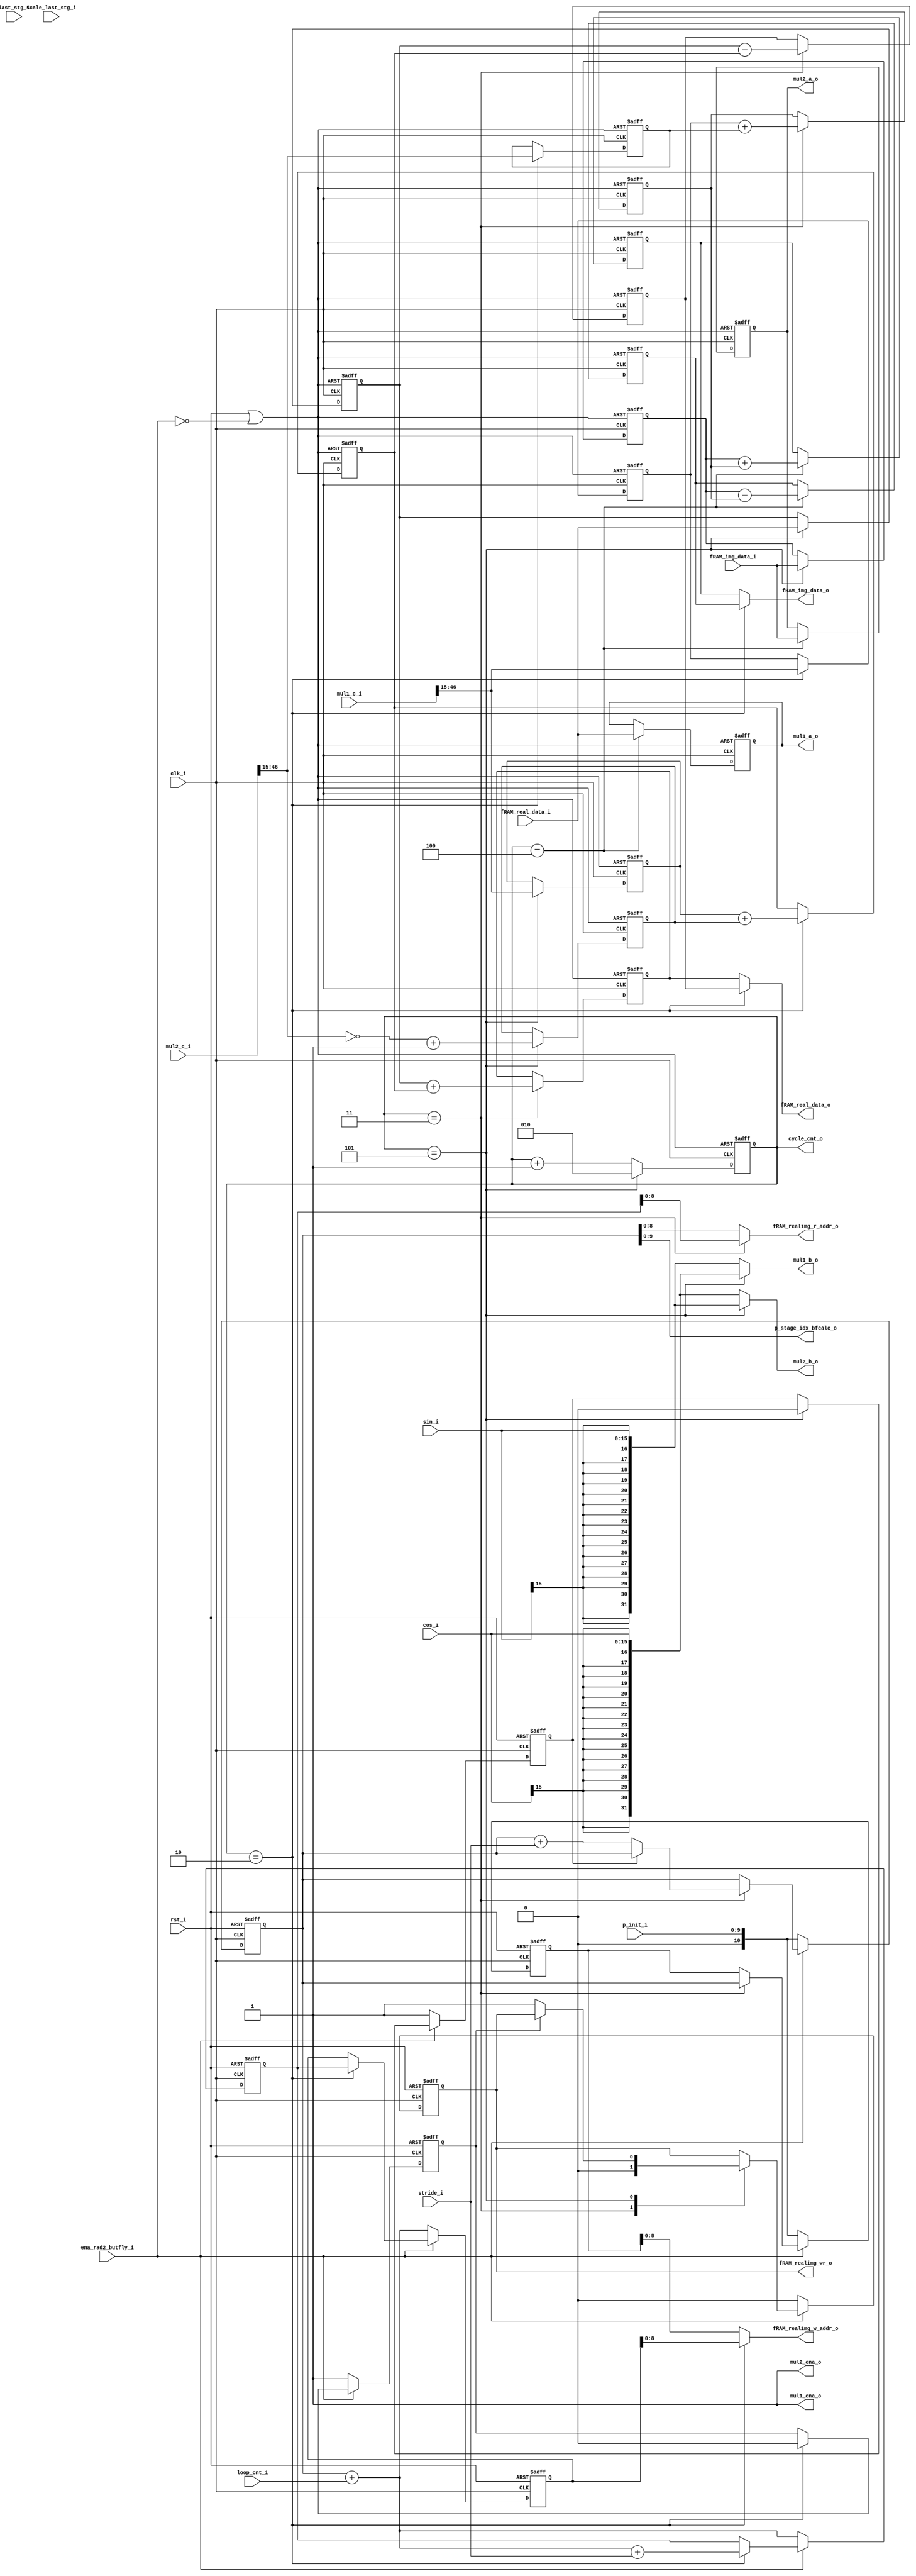
module r2_bfly_p (
                            clk_i,
							rst_i,
							
							ena_rad2_butfly_i,
							
							//RAM interface
							fRAM_real_data_i,
							fRAM_img_data_i,
							
							fRAM_real_data_o,
							fRAM_img_data_o,
							
							fRAM_realimg_r_addr_o,
							fRAM_realimg_w_addr_o,
							fRAM_realimg_wr_o,
							
							cos_i,
							sin_i,
							
							//bfly_done_o,
							
							scale_last_stg_i,
							last_stg_i,
							
							mul1_a_o,	
							mul1_b_o,	
							mul1_c_i,
							mul1_ena_o,
							
							mul2_a_o,	
							mul2_b_o,	
							mul2_c_i,
							mul2_ena_o,
							
							//loop_cnt_pls_1_i,
							loop_cnt_i,
							stride_i,
							p_init_i,
							p_stage_idx_bfcalc_o,
							
							cycle_cnt_o
							
							//bfly_busy_o
							
	
						 );
parameter                ADDRWIDTH                   =  9           ;
parameter                DATAWIDTH                   =  32           ;
parameter                COEFWIDTH                   =  16           ;
	

input   				clk_i; 
input   				rst_i; 
input   				ena_rad2_butfly_i; 

input 	[DATAWIDTH-1:0]	fRAM_real_data_i;
input 	[DATAWIDTH-1:0]	fRAM_img_data_i;

output 	[DATAWIDTH-1:0]	fRAM_real_data_o;
output 	[DATAWIDTH-1:0]	fRAM_img_data_o;


output	[ADDRWIDTH-1:0]	fRAM_realimg_r_addr_o;
output	[ADDRWIDTH-1:0]	fRAM_realimg_w_addr_o;
output					fRAM_realimg_wr_o;

input   [COEFWIDTH-1:0]	cos_i;	
input   [COEFWIDTH-1:0]	sin_i;	

//output 					bfly_done_o;

input 					scale_last_stg_i;
input 					last_stg_i;

output  [DATAWIDTH-1:0] 	mul1_a_o;	
output  [DATAWIDTH-1:0] 	mul1_b_o;	
input  [DATAWIDTH*2-1:0]	mul1_c_i;
output  					mul1_ena_o;

output  [DATAWIDTH-1:0] 	mul2_a_o;	
output  [DATAWIDTH-1:0] 	mul2_b_o;	
input  [DATAWIDTH*2-1:0]	mul2_c_i;
output  					mul2_ena_o;

//input   [9:0]               loop_cnt_pls_1_i;
input   [9:0]               loop_cnt_i;
input   [9:0]               stride_i;
input   [9:0]               p_init_i;
output  [9:0]               p_stage_idx_bfcalc_o;

output  [2:0]               cycle_cnt_o;

//output                      bfly_busy_o;


//Internal Signal

wire  [DATAWIDTH-1:0] 	mul1_a_o;	
wire  [DATAWIDTH-1:0] 	mul1_b_o;	
wire  [DATAWIDTH*2-1:0]	mul1_c_i;
wire  					mul1_ena_o;

wire  [DATAWIDTH-1:0] 	mul2_a_o;	
wire  [DATAWIDTH-1:0] 	mul2_b_o;	
wire  [DATAWIDTH*2-1:0]	mul2_c_i;
wire  					mul2_ena_o;

reg   [DATAWIDTH-1:0]   Pr; 
reg   [DATAWIDTH-1:0]   Pi; 
reg   [DATAWIDTH-1:0]   Qr; 
reg   [DATAWIDTH-1:0]   Qi; 
`ifdef ACCUM_40
reg   [DATAWIDTH-1+8:0]   Pr_dash; 
reg   [DATAWIDTH-1+8:0]   Pi_dash; 
reg   [DATAWIDTH-1+8:0]   Qr_dash; 
reg   [DATAWIDTH-1+8:0]   Qi_dash; 
reg   [DATAWIDTH-1+8:0]   Ar; 
reg   [DATAWIDTH-1+8:0]   Br; 
reg   [DATAWIDTH-1+8:0]   Ci;
reg   [DATAWIDTH-1+8:0]   Di;
reg   [DATAWIDTH-1+8:0]   X;
reg   [DATAWIDTH-1+8:0]   Y;
`else
reg   [DATAWIDTH-1:0]   Pr_dash; 
reg   [DATAWIDTH-1:0]   Pi_dash; 
reg   [DATAWIDTH-1:0]   Qr_dash; 
reg   [DATAWIDTH-1:0]   Qi_dash; 
reg   [DATAWIDTH-1:0]   Ar; 
reg   [DATAWIDTH-1:0]   Br; 
reg   [DATAWIDTH-1:0]   Ci;
reg   [DATAWIDTH-1:0]   Di;
reg   [DATAWIDTH-1:0]   X;
reg   [DATAWIDTH-1:0]   Y;
`endif


//reg   [10:0]   			p2n;
//Index
reg   [10:0]   			p;
reg   [10:0]   			j2;
reg   [10:0]   			j2n;
reg   [10:0]   			p2;
reg                     fram_wr_en;

//reg 					bfly_done_r;
wire                    rst_butfly;

reg                     mask_first_wr;
reg 	[2:0] 		    cycle_cnt;


`ifdef KOGG_STONE

	wire [DATAWIDTH-1:0] Ar_plus_Br_sig;
	wire               Ar_plus_Br_carry;
	
	wire [DATAWIDTH-1:0] Ci_plus_Di_sig;
	wire               Ci_plus_Di_carry;
	
	wire [DATAWIDTH-1:0] Pr_plus_X_sig;
	wire               Pr_plus_X_carry;	

	wire [DATAWIDTH-1:0] Pi_plus_Y_sig;
	wire               Pi_plus_Y_carry;
	
	wire [DATAWIDTH-1:0] Pr_plus_mp1X_sig;
	wire [DATAWIDTH-1:0] X_2cmpl;
	wire               Pr_plus_mp1X_carry;
	
	wire [DATAWIDTH-1:0] Pi_plus_mp1Y_sig;
	wire [DATAWIDTH-1:0] Y_2cmpl;
	wire               Pi_plus_mp1Y_carry;
	
`endif


assign rst_butfly = rst_i | ~ena_rad2_butfly_i;

assign mul1_a_o			=	 Qr;	
//assign mul1_b_o			=	(cycle_cnt == 2) ? {{16{cos_i[15]}},cos_i} :{{16{sin_i[15]}},sin_i} ;	
assign mul1_b_o			=	(cycle_cnt == 5) ? {{16{cos_i[15]}},cos_i} :{{16{sin_i[15]}},sin_i} ;	
assign mul1_ena_o		=	1'b1;		
                        
assign mul2_a_o			=    Qi;		
//assign mul2_b_o			=   (cycle_cnt == 2) ? {{16{sin_i[15]}},sin_i} :{{16{cos_i[15]}},cos_i} ;	
assign mul2_b_o			=   (cycle_cnt == 5) ? {{16{sin_i[15]}},sin_i} :{{16{cos_i[15]}},cos_i} ;	
assign mul2_ena_o       =   1'b1;

//assign bfly_done_o = bfly_done_r;




assign cycle_cnt_o 			= cycle_cnt;

assign p_stage_idx_bfcalc_o = p;

//Cycle control
always @(posedge clk_i or posedge rst_butfly)
begin
   if (rst_butfly)
   begin
			//cycle_cnt 		<= 3'h4;
			cycle_cnt 		<= 3'h3;//to accomodate J2
   end
   else
   begin
		    if (cycle_cnt == 3'h5)
				cycle_cnt 		<= 2;	
			else
				cycle_cnt 		<= cycle_cnt + 1;	
   end
end

//Latch Pr, Pi,Qr, Qi, Ar,Br, Ci,Di,X,Y
always @(posedge clk_i or posedge rst_butfly)
begin
   if (rst_butfly)
   begin
			Pr 			<= 0;
			Pi 			<= 0;

			Qr 			<= 0;
			Qi 			<= 0;			
			
			Ar 			<= 0;
			Br 			<= 0;
			Ci 			<= 0;
			Di 			<= 0;
			X  			<= 0;
			Y  			<= 0;
			
			Pr_dash     <= 0; 
			Qr_dash     <= 0; 
			
			Pi_dash     <= 0; 
			Qi_dash     <= 0;			
   end
   else
   begin
          case (cycle_cnt)
		  
		    5 : 	begin
		            	Pr 		<= fRAM_real_data_i;
		            	Pi 		<= fRAM_img_data_i;
`ifdef ACCUM_40		            	
		            	Ar 		<= mul1_c_i[39:0];
		            	Br 		<= ~mul2_c_i[39:0] + 1;
`else
		            	Ar 		<= mul1_c_i[46:15];//Mult O/p right shift by 15 to accomadate 2^15 multiplication
		            	Br 		<= ~mul2_c_i[46:15] + 1;//Mult O/p right shift by 15 to accomadate 2^15 multiplication
`endif						
		              end
		
			2 :      begin 
`ifdef ACCUM_40				
			         	Ci 		<= mul1_c_i[39:0];
			         	Di 		<= mul2_c_i[39:0];
`else	
			         	Ci 		<= mul1_c_i[46:15];//Mult O/p right shift by 15 to accomadate 2^15 multiplication
			         	Di 		<= mul2_c_i[46:15];//Mult O/p right shift by 15 to accomadate 2^15 multiplication	
`endif					

`ifdef KOGG_STONE
						X       <= Ar_plus_Br_sig;
`else			         
			         	X       <= Ar + Br;//Br negated added to Ar
`endif						
			         end
			
			3 :      begin
`ifdef KOGG_STONE
                        Pr_dash  <= Pr_plus_X_sig;
                        Qr_dash  <= Pr_plus_mp1X_sig;	
			            Y        <= Ci_plus_Di_sig; 
`else			
			         	Pr_dash  <= Pr + X;        
			         	Qr_dash  <= Pr - X;		
	                 
		                 Y       <= Ci + Di; 
`endif						 
		               end
					   
			4 :   	  begin
                  		Qr 		<= fRAM_real_data_i;
			      		Qi 		<= fRAM_img_data_i;
						
`ifdef KOGG_STONE
						Pi_dash  <= Pi_plus_Y_sig;  
                        Qi_dash  <= Pi_plus_mp1Y_sig;	
`else						     
						Pi_dash  <= Pi + Y;               
						Qi_dash  <= Pi - Y;	
`endif						
					  end	
            default : begin
						Pr 			<= Pr 		;
			            Pi 			<= Pi 		;
			            Qr 			<= Qr 		;
			            Qi 			<= Qi 		;
			            Ar 			<= Ar 		;
			            Br 			<= Br 		;
			            Ci 			<= Ci 		;
			            Di 			<= Di 		;
			            X  			<= X  		;
			            Y  			<= Y  		;
			            Pr_dash     <= Pr_dash ;
			            Qr_dash     <= Qr_dash ;
			          end
   
		  endcase
    
   end
end


//RAM access
assign  fRAM_realimg_r_addr_o = (cycle_cnt==3)? j2n : p;
assign  fRAM_realimg_w_addr_o = (cycle_cnt==2)? j2 : p2;
assign 	fRAM_realimg_wr_o 	= fram_wr_en;
/* assign 	fRAM_real_data_o 		= (cycle_cnt==2)? Pr_dash : Qr_dash;
assign 	fRAM_img_data_o 		= (cycle_cnt==2)? Pi_dash : Qi_dash; */
`ifdef ACCUM_40
assign 	fRAM_real_data_o 		= (cycle_cnt==2)? Qr_dash[39:8] : Pr_dash[39:8];
assign 	fRAM_img_data_o 		= (cycle_cnt==2)? Qi_dash[39:8] : Pi_dash[39:8];
`else
`ifdef PER_STG_SCALE
assign 	fRAM_real_data_o 		= (cycle_cnt==2)? {Qr_dash[31],Qr_dash[31:1]} : {Pr_dash[31],Pr_dash[31:1]};
assign 	fRAM_img_data_o 		= (cycle_cnt==2)? {Qi_dash[31],Qi_dash[31:1]} : {Pi_dash[31],Pi_dash[31:1]};
`else
assign 	fRAM_real_data_o 		= (cycle_cnt==2)? Qr_dash : Pr_dash;
assign 	fRAM_img_data_o 		= (cycle_cnt==2)? Qi_dash : Pi_dash;
`endif
`endif

reg mask_first_p_incr;

//RAM read-write address generation
//always @(posedge clk_i or posedge rst_butfly)
always @(posedge clk_i or posedge rst_i)
begin
   if (rst_i)
   begin
			j2  		  <= 0;
			j2n  		  <= 0;
			p2  		  <= 0;
			//p2n  		  <= 0;
			fram_wr_en  <= 0;
			p             <= 0;
			mask_first_wr <= 1;
			mask_first_p_incr <= 1;	
			
   end
   else
   begin
      if (~ena_rad2_butfly_i)
	  begin
			j2  		  <= p+loop_cnt_i;
			j2n  		  <= p+loop_cnt_i;
			p2  		  <= p_init_i;
			fram_wr_en  <= 0;
			p             <= p_init_i;
            mask_first_wr <= 1;			
            mask_first_p_incr <= 1;			
      end
	  else
	  begin
         case (cycle_cnt)
		
			2 		:  begin
							j2n  		  	<= p+loop_cnt_i+stride_i;
                            j2            	<= j2n;
							mask_first_wr   <= 0;
							//
							
							
					   end		
			3 		:  begin 
							p2  			<= p;
							if (~mask_first_p_incr)
							    p   			<= p+stride_i;
							fram_wr_en  	<= 0;
							
							//mask_first_wr   <= 0;
					   end	

			5 		:  begin 
			                if (~mask_first_wr)
							 fram_wr_en  	<= 1;
						 
							 mask_first_p_incr <= 0;
					   end						   

			default : begin
							j2 				<= j2;
							p2 				<= p2;
							//p2n 			<= p2n;
							p 				<= p;
							fram_wr_en  	<= fram_wr_en;
                      end		  
		 endcase
	   end	
	  	
  end
end

							
							
 //kogg Adder		
`ifdef KOGG_STONE

	ksa32 Ar_plus_Br_kaddrinst (
				  .a	(Ar)	,
				  .b	(Br)	,
				  .cin	(1'b0)	,
				  .sum	(Ar_plus_Br_sig)	,
				  .cout (Ar_plus_Br_carry)
				);	

	
	ksa32 Ci_plus_Di_kaddrinst (
				  .a	(Ci)	,
				  .b	(Di)	,
				  .cin	(1'b0)	,
				  .sum	(Ci_plus_Di_sig)	,
				  .cout (Ci_plus_Di_carry)
				);					
				
	
	ksa32 Pr_plus_X_kaddrinst (
				  .a	(Pr)	,
				  .b	(X)	,
				  .cin	(1'b0)	,
				  .sum	(Pr_plus_X_sig)	,
				  .cout (Pr_plus_X_carry)
				);	

	
	ksa32 Pi_plus_Y_kaddrinst (
				  .a	(Pi)	,
				  .b	(Y)	,
				  .cin	(1'b0)	,
				  .sum	(Pi_plus_Y_sig)	,
				  .cout (Pi_plus_Y_carry)
				);		

	
	assign X_2cmpl = ~X + 1;
	
	ksa32 Pr_plus_mp1X_kaddrinst (
				  .a	(Pr)	,
				  .b	(X_2cmpl)	,
				  .cin	(1'b0)	,
				  .sum	(Pr_plus_mp1X_sig)	,
				  .cout (Pr_plus_mp1X_carry)
				);					

				
	assign Y_2cmpl = ~Y + 1;	
	
	ksa32 Pi_plus_mp1Y_kaddrinst (
				  .a	(Pi)	,
				  .b	(Y_2cmpl)	,
				  .cin	(1'b0)	,
				  .sum	(Pi_plus_mp1Y_sig)	,
				  .cout (Pi_plus_mp1Y_carry)
				);									


 
`endif
	

endmodule